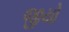
જીયો